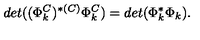
d e t ( ( \Phi _ { k } ^ { C } ) ^ { * ( C ) } \Phi _ { k } ^ { C } ) = d e t ( \Phi _ { k } ^ { * } \Phi _ { k } ) .